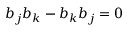
{ b } _ { j } { b } _ { k } - { b } _ { k } { b } _ { j } = 0